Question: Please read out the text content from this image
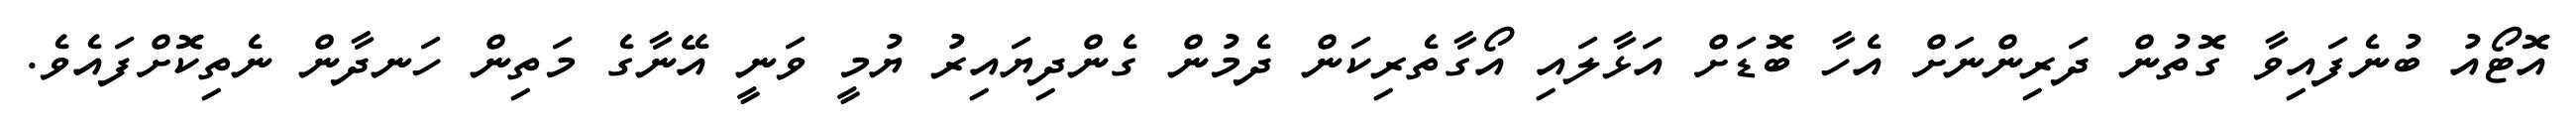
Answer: އޮޓޯއު ބުނެފައިވާ ގޮތުން ދަރިންނަށް އެހާ ބޮޑަށް އަޅާލައި އޯގާތެރިކަން ދެމުން ގެންދިޔައިރު ޔުމީ ވަނީ އޭނާގެ މަތިން ހަނދާން ނެތިކޮށްފައެވެ.